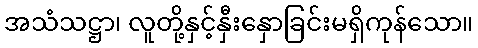
အသံသဋ္ဌာ၊ လူတို့နှင့်နှီးနှောခြင်းမရှိကုန်သော။